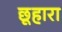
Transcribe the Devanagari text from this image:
छूहारा